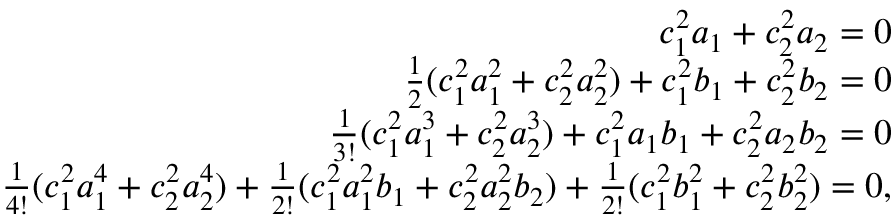
\begin{array} { r l r } & { } & { c _ { 1 } ^ { 2 } a _ { 1 } + c _ { 2 } ^ { 2 } a _ { 2 } = 0 } \\ & { } & { \frac { 1 } { 2 } ( c _ { 1 } ^ { 2 } a _ { 1 } ^ { 2 } + c _ { 2 } ^ { 2 } a _ { 2 } ^ { 2 } ) + c _ { 1 } ^ { 2 } b _ { 1 } + c _ { 2 } ^ { 2 } b _ { 2 } = 0 } \\ & { } & { \frac { 1 } { 3 ! } ( c _ { 1 } ^ { 2 } a _ { 1 } ^ { 3 } + c _ { 2 } ^ { 2 } a _ { 2 } ^ { 3 } ) + c _ { 1 } ^ { 2 } a _ { 1 } b _ { 1 } + c _ { 2 } ^ { 2 } a _ { 2 } b _ { 2 } = 0 } \\ & { } & { \frac { 1 } { 4 ! } ( c _ { 1 } ^ { 2 } a _ { 1 } ^ { 4 } + c _ { 2 } ^ { 2 } a _ { 2 } ^ { 4 } ) + \frac { 1 } { 2 ! } ( c _ { 1 } ^ { 2 } a _ { 1 } ^ { 2 } b _ { 1 } + c _ { 2 } ^ { 2 } a _ { 2 } ^ { 2 } b _ { 2 } ) + \frac { 1 } { 2 ! } ( c _ { 1 } ^ { 2 } b _ { 1 } ^ { 2 } + c _ { 2 } ^ { 2 } b _ { 2 } ^ { 2 } ) = 0 , } \end{array}